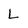
Character: L